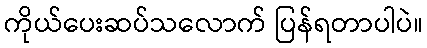
ကိုယ်ပေးဆပ်သလောက် ပြန်ရတာပါပဲ။